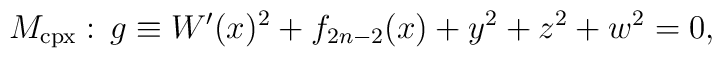
M_{{\rm cpx}}:\,g \equiv W^{\prime}(x)^2+f_{2n-2}(x)+y^2+z^2+w^2=0,